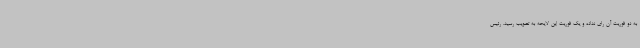
به دو فوریت آن رای نداده و یک فوریت این لایحه به تصویب رسید. رئیس